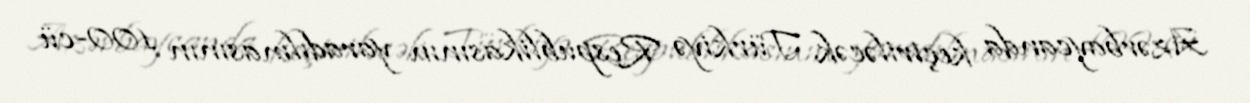
Azərbaycanda keçiriləcək Türkiyə Respublikasının yaradılmasının 100-cü